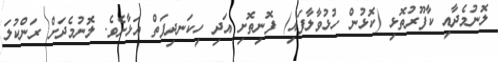
ލޮނުމެދާއި ކާފޫރުތޮޅި (ކޮޅުން ހުޅުވާލާފައި) ފޮނިތޮށި އަދި ހިކަނދިފަތް އަޅާށެވެ. ލޮނުމެދަށް ރަންކުލަ